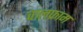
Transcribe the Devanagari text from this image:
वालफ्राम